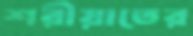
শরীয়াতের